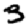
Digit: 3